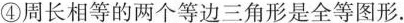
④周长相等的两个等边三角形是全等图形。